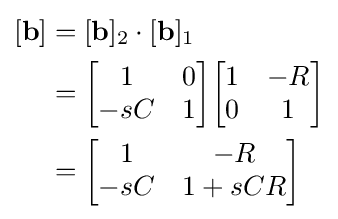
{\begin{aligned}[]\lbrack \mathbf {b} \rbrack &=\lbrack \mathbf {b} \rbrack _{2}\cdot \lbrack \mathbf {b} \rbrack _{1}\\&={\begin{bmatrix}1&0\\-sC&1\end{bmatrix}}{\begin{bmatrix}1&-R\\0&1\end{bmatrix}}\\&={\begin{bmatrix}1&-R\\-sC&1+sCR\end{bmatrix}}\end{aligned}}